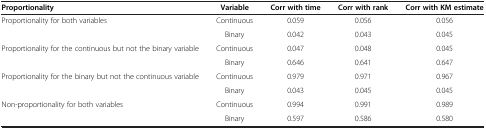
| Proportionality | Variable | Corr with time | Corr with rank | Corr with KM estimate |
 | --- | --- | --- | --- | --- |
 | <ROWSPAN=2> Proportionality for both variables | Continuous | 0.059 | 0.056 | 0.056 |
 | Binary | 0.042 | 0.043 | 0.045 |
 | <ROWSPAN=2> Proportionality for the continuous but not the binary variable | Continuous | 0.047 | 0.048 | 0.045 |
 | Binary | 0.646 | 0.641 | 0.647 |
 | <ROWSPAN=2> Proportionality for the binary but not the continuous variable | Continuous | 0.979 | 0.971 | 0.967 |
 | Binary | 0.043 | 0.045 | 0.045 |
 | Non-proportionality for both variables | Continuous | 0.994 | 0.991 | 0.989 |
 |  | Binary | 0.597 | 0.586 | 0.580 |